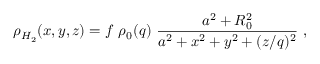
\rho _ { H _ { 2 } } ( x , y , z ) = f ~ { \rho _ { 0 } ( q ) } ~ \frac { a ^ { 2 } + R _ { 0 } ^ { 2 } } { a ^ { 2 } + x ^ { 2 } + y ^ { 2 } + ( z / q ) ^ { 2 } } ~ ,